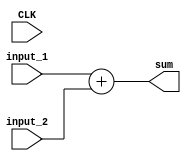
`timescale 1ns / 1ps

module adder(
    input           CLK,
    input  [7:0]    input_1,
    input  [7:0]    input_2,
    output reg [8:0]    sum = 0
);

always@(*)
begin
    sum <= input_1 + input_2;
end
  
endmodule